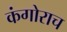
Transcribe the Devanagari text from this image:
कंगोराच